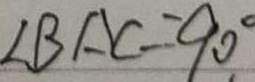
\angle B A C = 9 0 ^ { \circ } \cdot